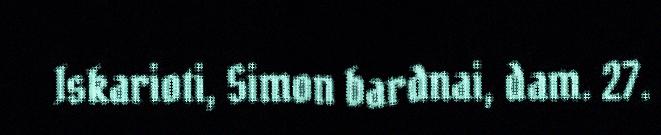
Iskarioti, Simon bardnai, dam. 27.